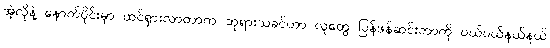
အဲ့လိုနဲ့ နောက်ပိုင်းမှာ ထင်ရှားလာတာက ဘုရားသခင်ဟာ လူတွေ ပြန်ဖန်ဆင်းတာကို ပယ်ပယ်နယ်နယ်